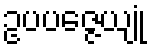
ဥပပဇ္ဇေယျုံ